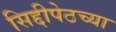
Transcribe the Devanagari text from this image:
सिद्दीपेठच्या